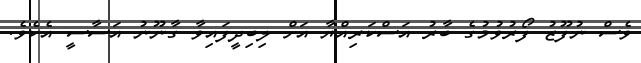
ވެސް ނުފޫޒު ފޯރުވުމުގެ ބާރު އަސްކަރިއްޔާ އަށް ލިބިދީފައިވާ ގާނޫނު އަސާސީ އެކެވެ.